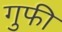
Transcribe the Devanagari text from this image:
गुफी